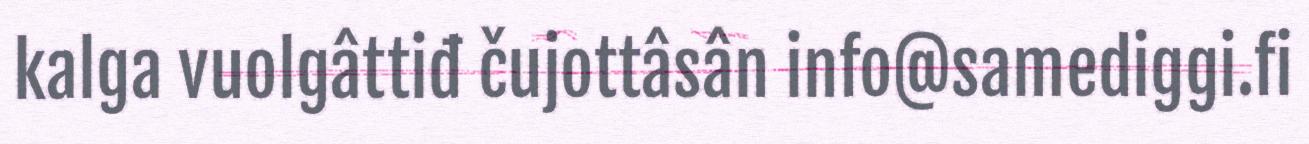
kalga vuolgâttiđ čujottâsân info@samediggi.fi